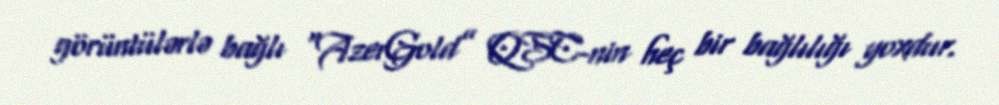
görüntülərlə bağlı “AzerGold” QSC-nin heç bir bağlılığı yoxdur.